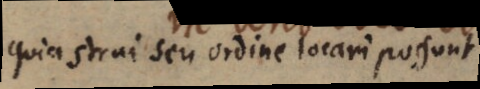
quia strui seu ordine locari possunt